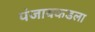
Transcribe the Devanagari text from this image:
पंजाबकडला